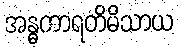
အန္ဓကာရတိမိသာယ